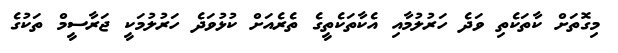
މިގޮތަށް ކާތަކެތި ވަދެ ހަރުލުމާއި އެކާތަކެތީގެ ތެރެއަށް ކުޅުވަދެ ހަރުލުމަކީ ޖަރާސީމް ތަކުގެ